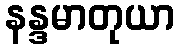
နန္ဒမာတုယာ